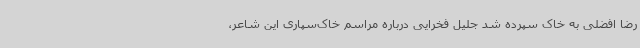
رضا افضلی به خاک سپرده شد جلیل فخرایی درباره مراسم خاک‌سپاری این شاعر،